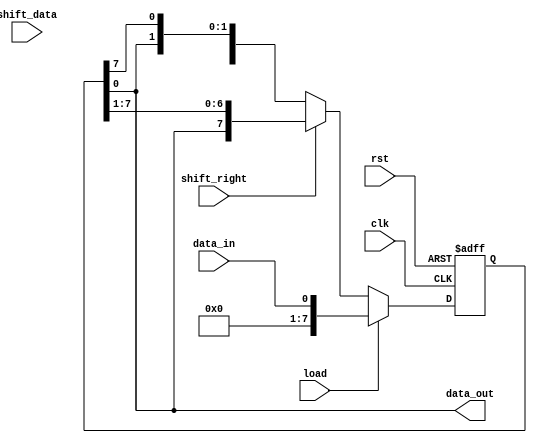
module shift_register (
  input wire clk,
  input wire rst,
  input wire shift_right,
  input wire load,
  input wire shift_data,
  input wire data_in,
  output wire data_out
);

reg [7:0] register;

always @(posedge clk or posedge rst) begin
  if (rst) begin
    register <= 8'b0;
  end else begin
    if (load) begin
      register <= data_in;
    end else if (shift_right) begin
      register <= {register[0], register[7:1]};
    end else begin
      register <= {register[6:0], register[7]};
    end
  end
end

assign data_out = register[0];

endmodule